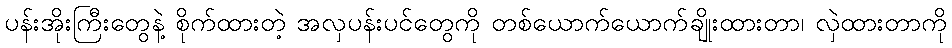
ပန်းအိုးကြီးတွေနဲ့ စိုက်ထားတဲ့ အလှပန်းပင်တွေကို တစ်ယောက်ယောက်ချိုးထားတာ၊ လှဲထားတာကို